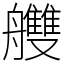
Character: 艭